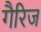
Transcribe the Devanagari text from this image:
गैरिज